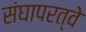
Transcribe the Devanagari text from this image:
संघापरत्वे